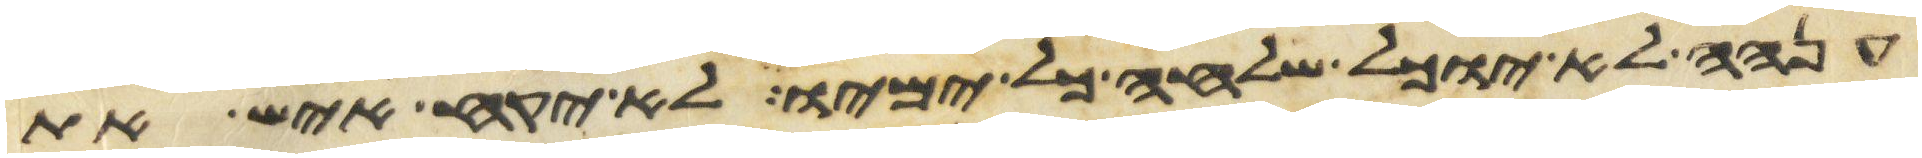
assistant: ענה לא יוכל שלחה כל ימיו לא יקח איש את